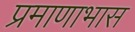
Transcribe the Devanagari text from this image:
प्रमाणाभास